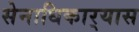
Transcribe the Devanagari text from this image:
सेनाधिकार्‍यास